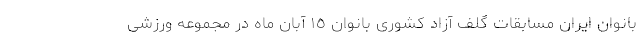
بانوان ایران مسابقات گلف آزاد کشوری بانوان ١٥ آبان ماه در مجموعه ورزشی